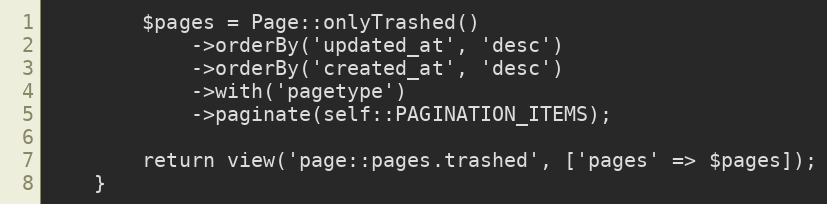
Language: PHP
        $pages = Page::onlyTrashed()
            ->orderBy('updated_at', 'desc')
            ->orderBy('created_at', 'desc')
            ->with('pagetype')
            ->paginate(self::PAGINATION_ITEMS);

        return view('page::pages.trashed', ['pages' => $pages]);
    }